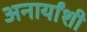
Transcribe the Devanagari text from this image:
अनार्यांशी